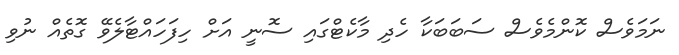
ނަމަވެސް ކޮންމެވެސް ސަބަބަކާ ހެދި މާކެޓްގައި ސޮނީ އަށް ހިފަހައްޓާލެވޭ ގޮތެއް ނުވި